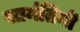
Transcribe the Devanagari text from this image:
सामंतिनी